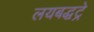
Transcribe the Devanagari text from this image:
लयबद्धट्रे